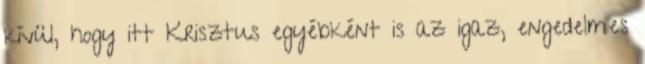
kívül, hogy itt Krisztus egyébként is az igaz, engedelmes